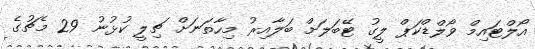
އޯލްޓައިމް ވޯލްޑްކަޕް ލީގު ޓޭބަލަށް ބަލާއިރު މިހާތަނަށް ޗިލީ ކުޅުނު 29 މެޗުގެ